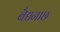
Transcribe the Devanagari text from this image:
बैद्यनाछ